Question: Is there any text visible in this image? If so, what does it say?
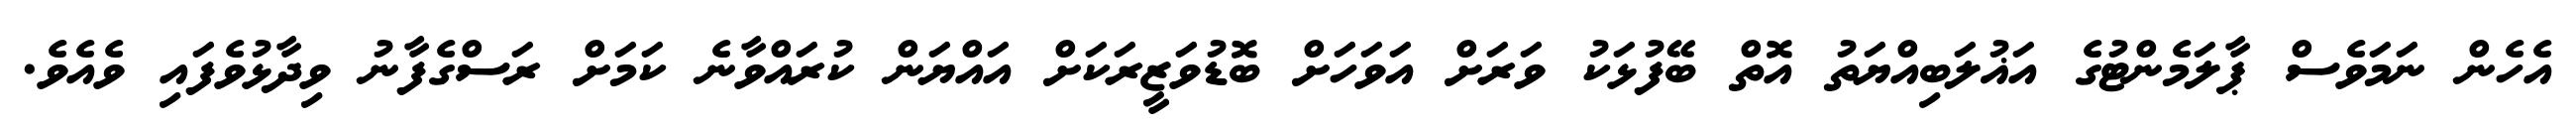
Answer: އެހެން ނަމަވެސް ޕާލަމެންޓުގެ އަޣުލަބިއްޔަތު އޮތް ބޭފުޅަކު ވަރަށް އަވަހަށް ބޮޑުވަޒީރަކަށް އައްޔަން ކުރައްވާނެ ކަމަށް ރަސްގެފާނު ވިދާޅުވެފައި ވެއެވެ.